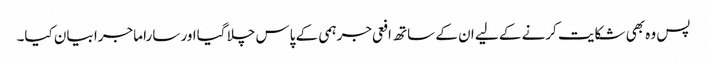
پس وہ بھی شکایت کرنے کے لیے ان کے ساتھ افعی جرہمی کے پاس چلا گیااور سارا ماجرا بیان کیا۔